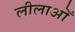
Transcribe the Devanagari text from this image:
लीलाओँ